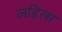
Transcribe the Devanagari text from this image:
लहिला